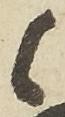
候